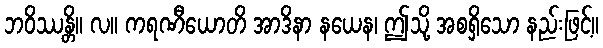
ဘဝိဿန္တိ။ လ။ ကရဏီယောတိ အာဒိနာ နယေန၊ ဤသို့ အစရှိသော နည်းဖြင့်။